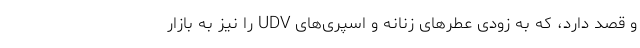
و قصد دارد، که به زودی عطرهای زنانه و اسپری‌های UDV را نیز به بازار